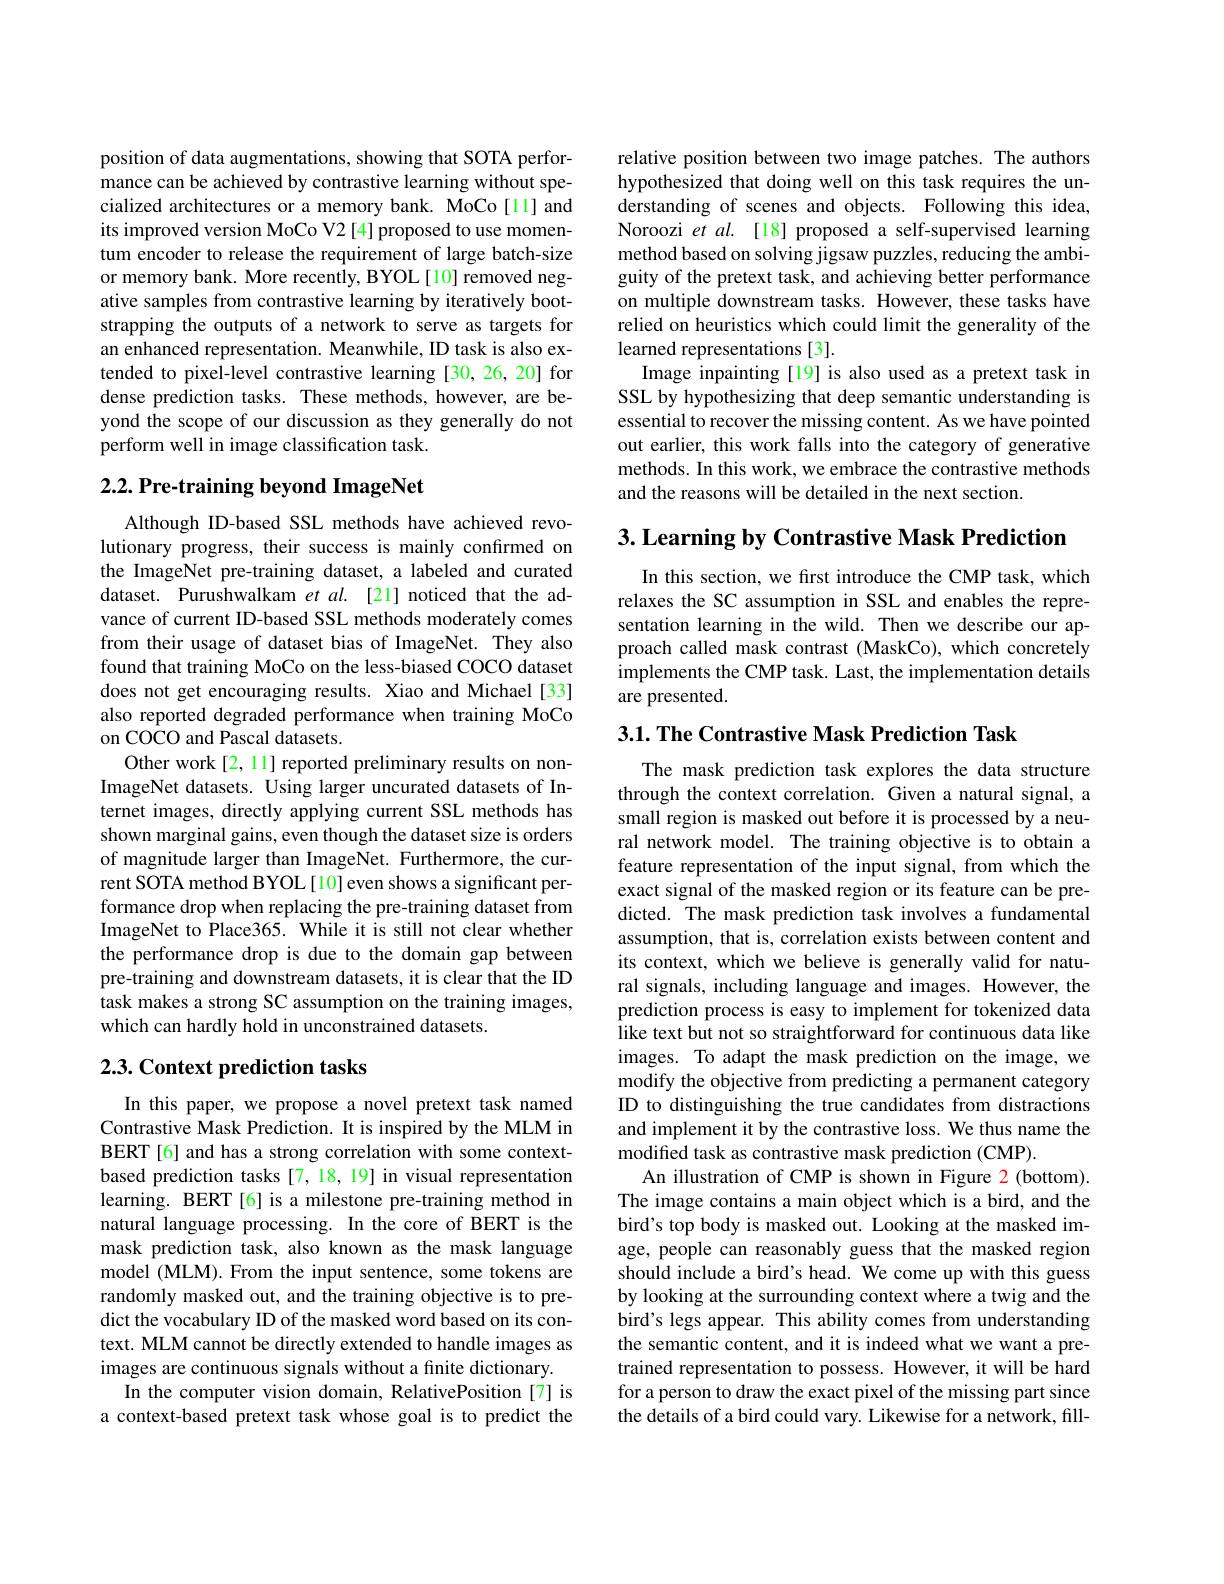
position of data augmentations, showing that SOTA performance can be achieved by contrastive learning without specialized architectures or a memory bank. MoCo[11] and its improved version MoCo V2 [4] proposed to use momentum encoder to release the requirement of large batch-size or memory bank. More recently, BYOL[10] removed negative samples from contrastive learning by iteratively bootstrapping the outputs of a network to serve as targets for an enhanced representation. Meanwhile, ID task is also extended to pixel-level contrastive learning [30,26,20] for dense prediction tasks. These methods, however, are beyond the scope of our discussion as they generally do not perform well in image classification task.

## $2. 2. \textbf{Pre- training beyond ImageNet}$

Although ID-based SSL methods have achieved revolutionary progress, their success is mainly confirmed on the ImageNet pre-training dataset, a labeled and curated dataset. Purushwalkam et $al.$ [21] noticed that the advance of current ID-based SSL methods moderately comes from their usage of dataset bias of ImageNet. They also found that training MoCo on the less-biased COCO dataset does not get encouraging results. Xiao and Michael [33] also reported degraded performance when training MoCo on COCO and Pascal datasets.
Other work[2, 11] reported preliminary results on nonImageNet datasets. Using larger uncurated datasets of Internet images, directly applying current SSL methods has shown marginal gains, even though the dataset size is orders of magnitude larger than ImageNet. Furthermore, the current SOTA method BYOL[10]even shows a significant performance drop when replacing the pre-training dataset from ImageNet to Place365. While it is still not clear whether the performance drop is due to the domain gap between pre-training and downstream datasets, it is clear that the ID task makes a strong SC assumption on the training images, which can hardly hold in unconstrained datasets.

## 2.3. Context prediction tasks

In this paper, we propose a novel pretext task named Contrastive Mask Prediction. It is inspired by the MLM in BERT[6] and has a strong correlation with some contextbased prediction tasks [7,18,19] in visual representation learning. BERT[6] is a milestone pre-training method in natural language processing. In the core of BERT is the mask prediction task, also known as the mask language model (MLM). From the input sentence, some tokens are randomly masked out, and the training objective is to predict the vocabulary ID of the masked word based on its context. MLM cannot be directly extended to handle images as images are continuous signals without a finite dictionary.
In the computer vision domain, RelativePosition [7] is a context-based pretext task whose goal is to predict the

relative position between two image patches. The authors hypothesized that doing well on this task requires the understanding of scenes and objects. Following this idea, Noroozi et al. [18] proposed a self-supervised learning method based on solving jigsaw puzzles, reducing the ambiguity of the pretext task, and achieving better performance on multiple downstream tasks. However, these tasks have relied on heuristics which could limit the generality of the learned representations [3].
Image inpainting [19] is also used as a pretext task in SSL by hypothesizing that deep semantic understanding is essential to recover the missing content. As we have pointed out earlier, this work falls into the category of generative methods. In this work, we embrace the contrastive methods and the reasons will be detailed in the next section.

$3. \textbf{Learning by Contrastive Mask Prediction}$

In this section, we first introduce the CMP task, which relaxes the SC assumption in SSL and enables the representation learning in the wild. Then we describe our approach called mask contrast (MaskCo), which concretely implements the CMP task. Last, the implementation details are presented.

$3. 1. \textbf{The Contrastive Mask Prediction Task}$

The mask prediction task explores the data structure through the context correlation. Given a natural signal, a small region is masked out before it is processed by a neural network model. The training objective is to obtain a feature representation of the input signal, from which the exact signal of the masked region or its feature can be predicted. The mask prediction task involves a fundamental assumption, that is, correlation exists between content and its context, which we believe is generally valid for natural signals, including language and images. However, the prediction process is easy to implement for tokenized data like text but not so straightforward for continuous data like images. To adapt the mask prediction on the image, we modify the objective from predicting a permanent category ID to distinguishing the true candidates from distractions and implement it by the contrastive loss. We thus name the modified task as contrastive mask prediction (CMP).
An illustration of CMP is shown in Figure 2(bottom). The image contains a main object which is a bird, and the bird's top body is masked out. Looking at the masked image, people can reasonably guess that the masked region should include a bird's head. We come up with this guess by looking at the surrounding context where a twig and the bird's legs appear. This ability comes from understanding the semantic content, and it is indeed what we want a pretrained representation to possess. However, it will be hard for a person to draw the exact pixel of the missing part since the details of a bird could vary. Likewise for a network, fill-